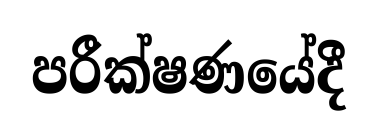
පරීක්ෂණයේදී